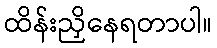
ထိန်းညှိနေရတာပါ။